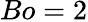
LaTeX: Bo=2